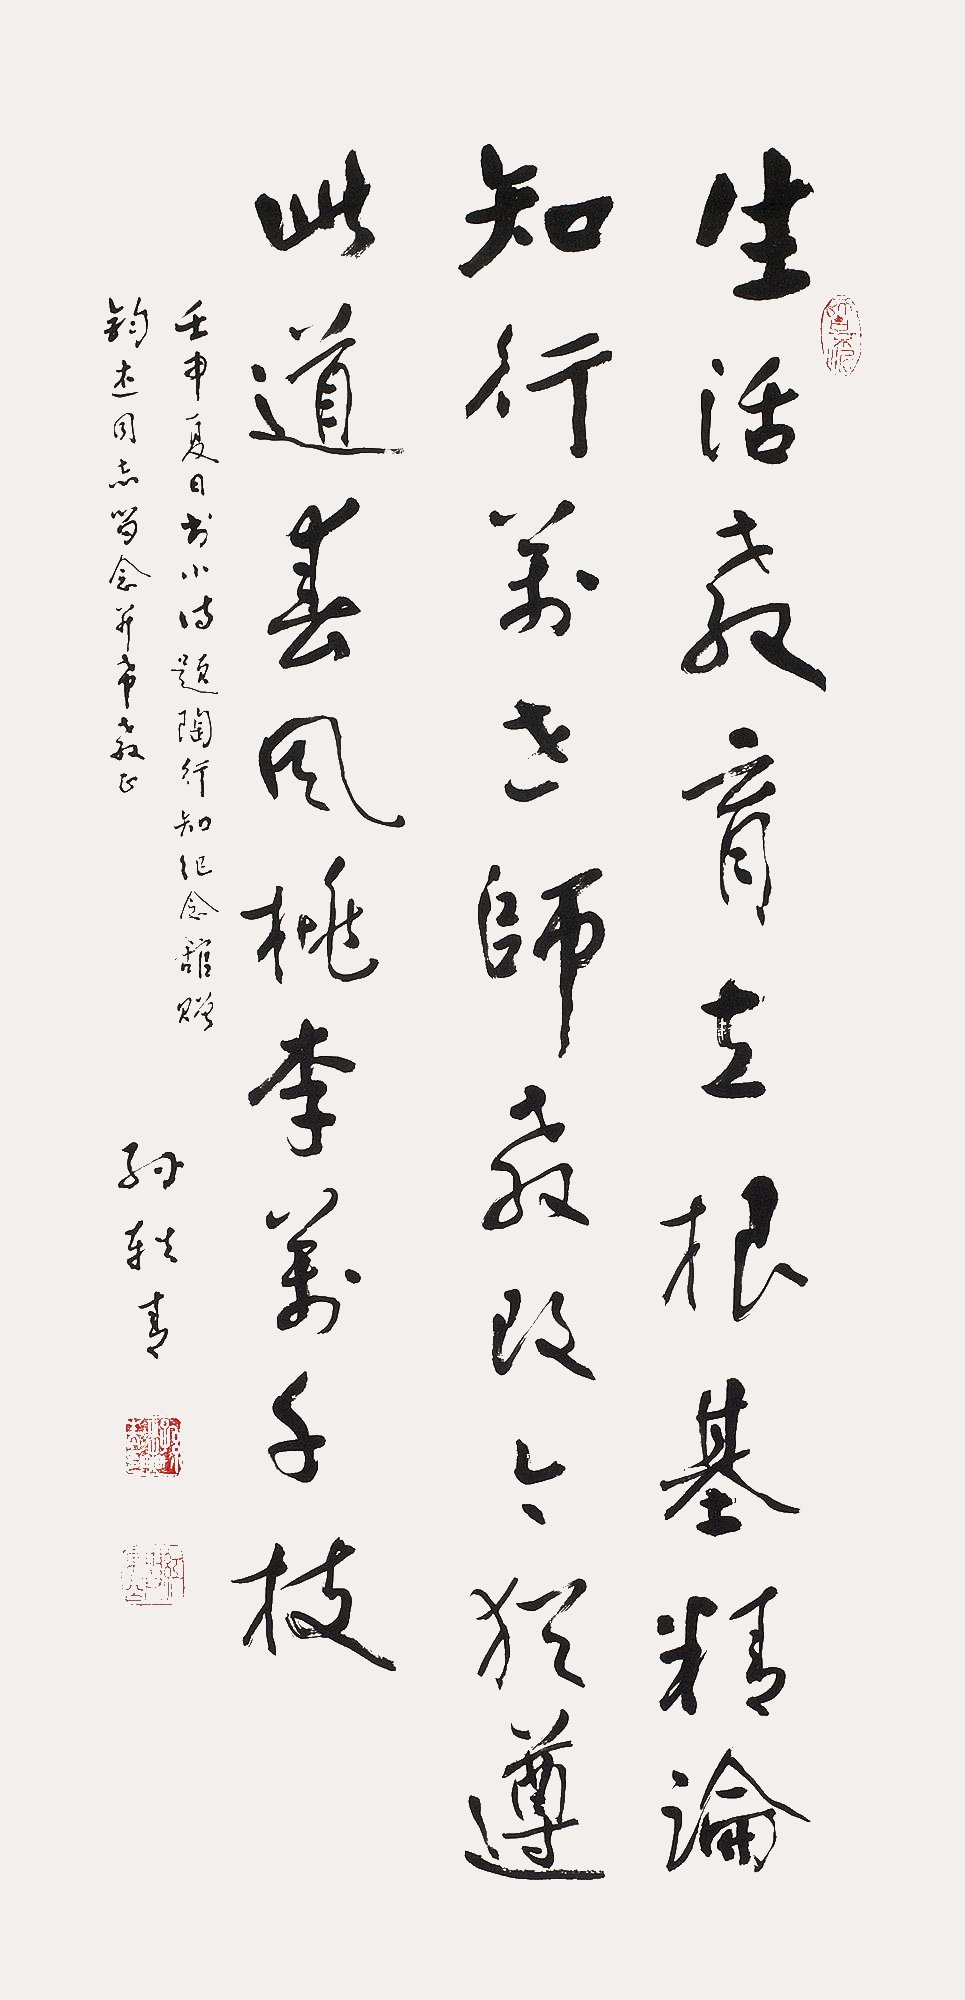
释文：生活教育立根基，精论知行万世师。教改今犹遵此道，春风桃李万千枝。壬申（1992年）夏日书小诗题陶行知纪念馆，赠钧杰同志留念并希教正，孙轶青。